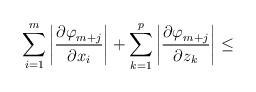
LaTeX: \begin{align*}\sum\limits_{i=1}^m {\left| \frac{{\partial \varphi }_{m+j}}{{\partial x}_{i}} \right|+\sum\limits_{k=1}^p \left| \frac{{\partial \varphi }_{m+j}}{{\partial z}_{k}} \right| } \le\end{align*}